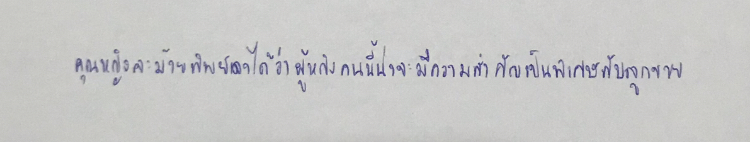
คุณหญิงละม้ายทิพย์เดาได้ว่าผู้หญิงคนนี้น่าจะมีความสำคัญเป็นพิเศษกับลูกชาย